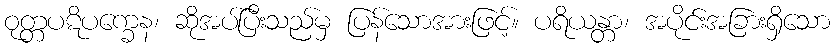
ဝုတ္တပဋိပက္ခေန၊ ဆိုအပ်ပြီးသည်မှ ပြန်သောအားဖြင့်။ ပရိယန္တာ၊ အပိုင်းအခြားရှိသော